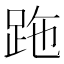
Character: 𧿶